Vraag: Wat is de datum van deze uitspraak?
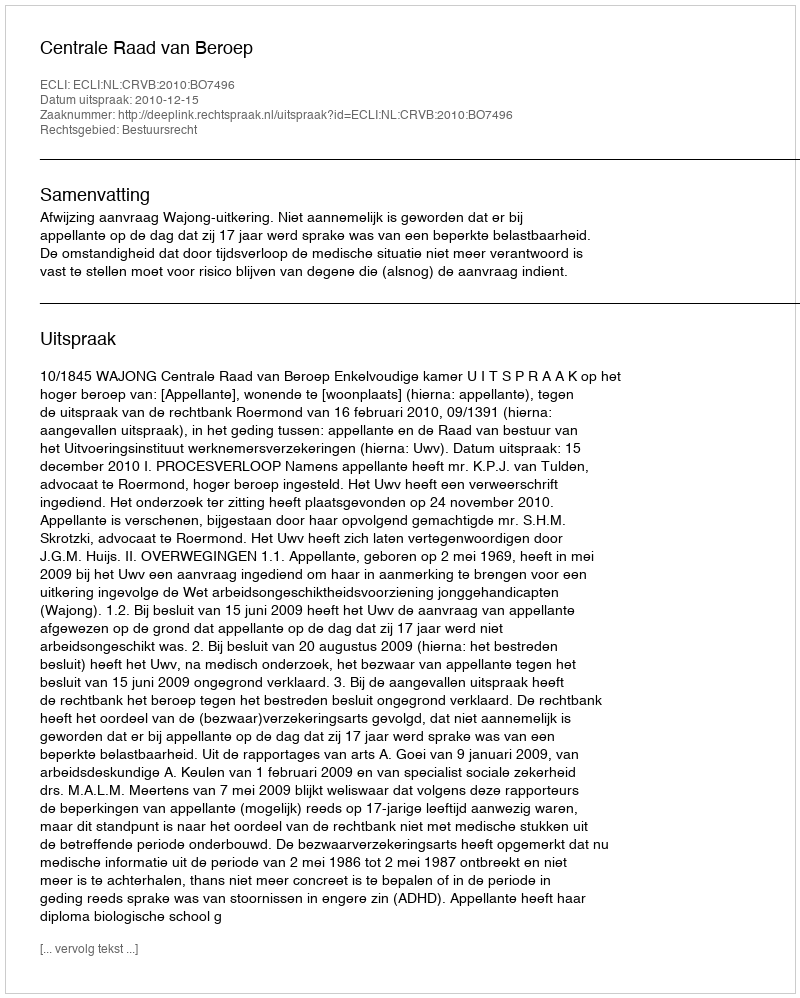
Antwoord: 2010-12-15